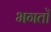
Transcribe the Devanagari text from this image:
भगतोँ